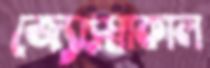
জ্যোৎস্নাকাল